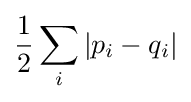
{\frac {1}{2}}\sum _{i}|p_{i}-q_{i}|